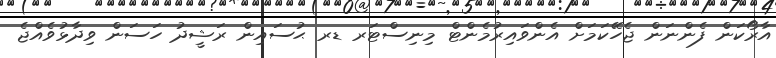
އާރޯކަން ފެންނަން ޖެހޭަކަމަށް އެންވައިރުމެންޓް މިނިސްޓަރ ޑރ ޙުސައިން ރަޝީދު ހަސަން ވިދާޅުވެއްޖެ